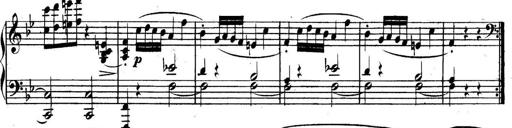
Title: Collected Piano Sonatas
Composer: Muzio Clementi